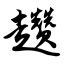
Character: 趱